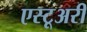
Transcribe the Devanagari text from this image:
एस्टूअरी